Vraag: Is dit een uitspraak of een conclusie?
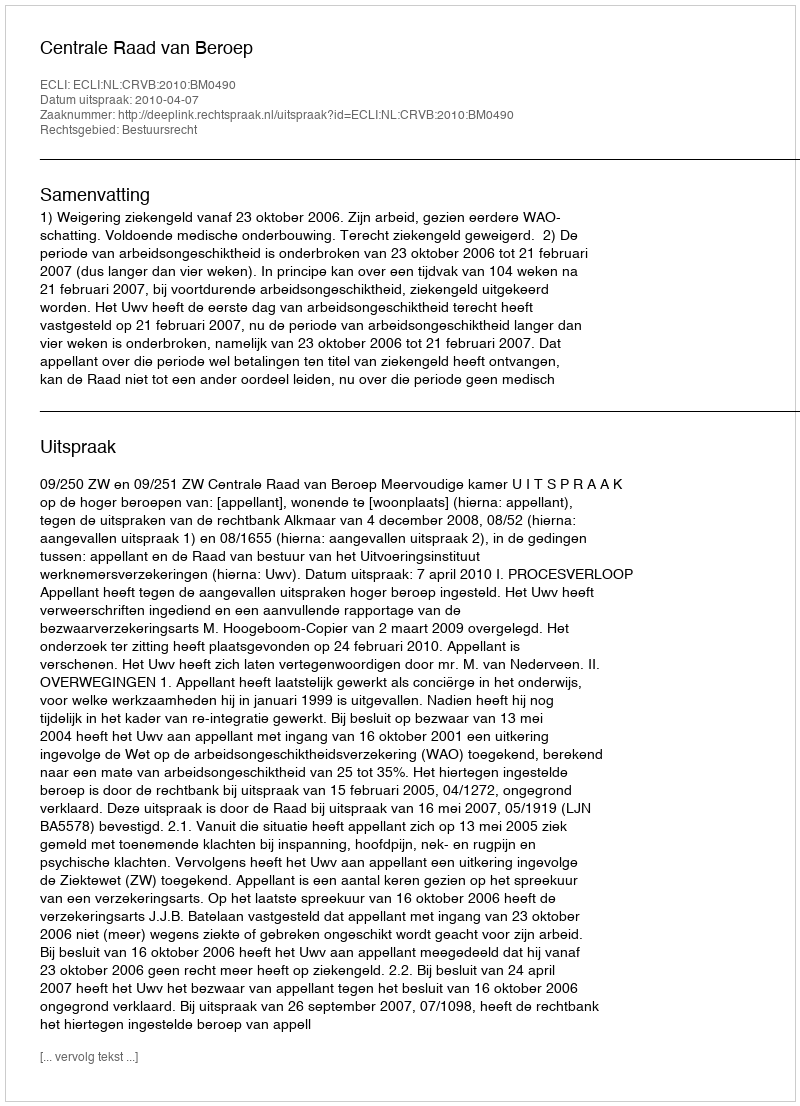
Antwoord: Uitspraak